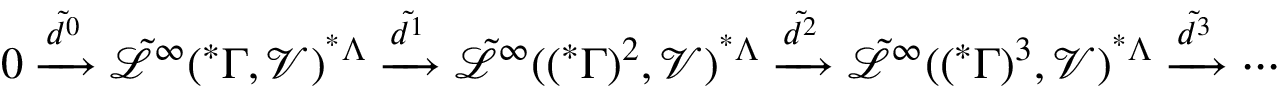
0 \xrightarrow { \tilde { d ^ { 0 } } } \tilde { \mathcal { L } } ^ { \infty } ( ^ { * } \Gamma , \mathcal { V } ) ^ { ^ { * } \Lambda } \xrightarrow { \tilde { d ^ { 1 } } } \tilde { \mathcal { L } } ^ { \infty } ( ( ^ { * } \Gamma ) ^ { 2 } , \mathcal { V } ) ^ { ^ { * } \Lambda } \xrightarrow { \tilde { d ^ { 2 } } } \tilde { \mathcal { L } } ^ { \infty } ( ( ^ { * } \Gamma ) ^ { 3 } , \mathcal { V } ) ^ { ^ { * } \Lambda } \xrightarrow { \tilde { d ^ { 3 } } } \cdots